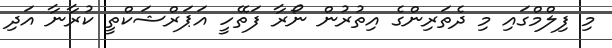
މި ފިލްމްގައި މި ދެތަރިންގެ އިތުރުން ނޯރާ ފަތޭހީ އަޕަރްޝަކްތީ ކުރާނާ އަދި